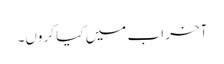
آخر اب میں کیا کروں۔